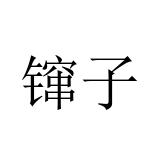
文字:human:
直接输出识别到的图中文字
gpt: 镩子